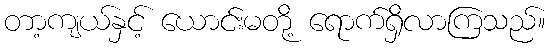
တာ့ကျယ်နှင့် ယောင်းမတို့ ရောက်ရှိလာကြသည်။